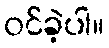
ဝင်ခဲ့ပါ။